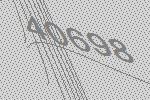
40698